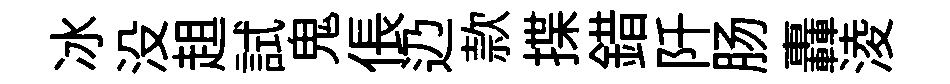
冰没趄試鬼倀辸款揲錯阡肠轟淩